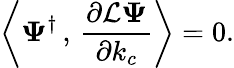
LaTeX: \left\langle\mathbf{\Psi}^{\dagger}\, ,\, \frac{\partial\mathcal{L}\mathbf{\Psi}}{\partial k_{c}}\right\rangle=0.